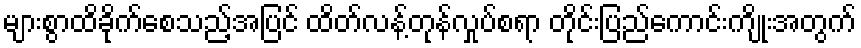
များစွာထိခိုက်စေသည့်အပြင် ထိတ်လန့်တုန်လှုပ်စရာ တိုင်းပြည်ကောင်းကျိုးအတွက်